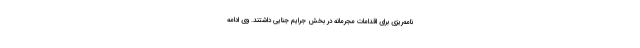
نامه‌ریزی برای اقدامات مجرمانه در بخش جرایم جنایی داشتند. وی ادامه